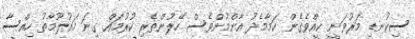
ސިކުނޑި މަރުވަނީ ކީއްވެގެން ކަމާމެދު އާންމުންވެސް ހޭލުންތެރި ކުރުމައް ގިނަ މައުލޫމާތު ހިއްސާ